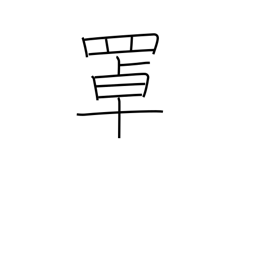
Meaning: fish basket kept in water